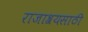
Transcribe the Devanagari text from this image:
राजाश्रयसाठी